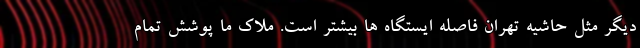
دیگر مثل حاشیه تهران فاصله ایستگاه ها بیشتر است. ملاک ما پوشش تمام